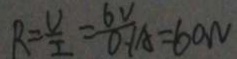
R = \frac { U } { I } = \frac { 6 V } { 0 . 1 } A = 6 0 W